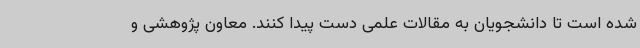
شده است تا دانشجویان به مقالات علمی دست پیدا کنند. معاون پژوهشی و